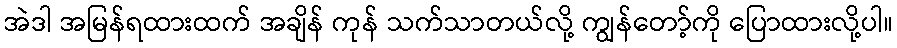
အဲဒါ အမြန်ရထားထက် အချိန် ကုန် သက်သာတယ်လို့ ကျွန်တော့်ကို ပြောထားလို့ပါ။